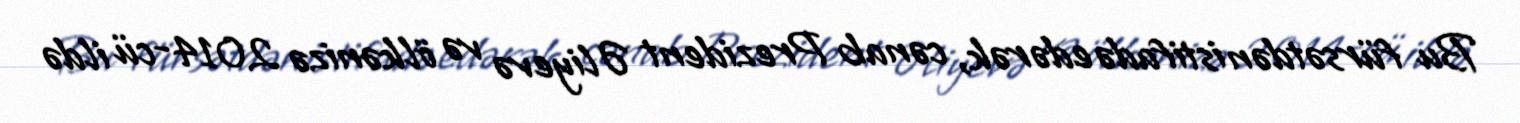
Bu fürsətdən istifadə edərək, cənab Prezident Əliyevə və ölkənizə 2014-cü ildə